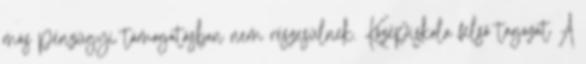
más pénzügyi támogatásban nem részesülnek. Középiskola felső tagozat A